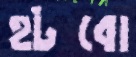
হটবো